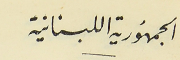
الجمهُورية اللبنانية